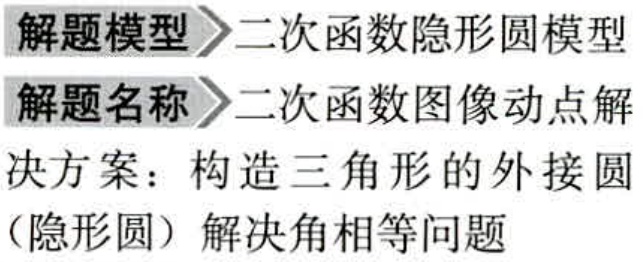
解题模型 \(\rhd\) 二次函数隐形圆模型
解题名称 \(\rhd\) 二次函数图像动点解
决方案：构造三角形的外接圆
（隐形圆）解决角相等问题